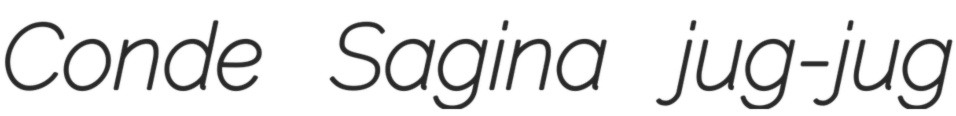
Conde Sagina jug-jug